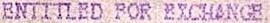
ENTITLED FOR EXCHANGE.